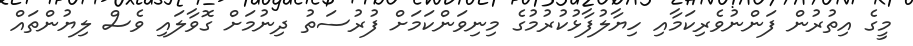
މީގެ އިތުރުން ފަންނުވެރިކަމާއި ހިޔާލުފާޅުކުރުމުގެ މިނިވަންކަމަށް ފުރުސަތު ދިނުމަށް ގޮވާލައި ވެސް ލިޔުންތައް